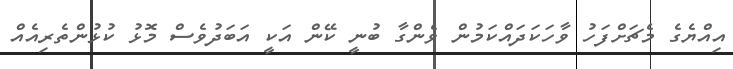
އިއްޔެގެ މެޗަށްފަހު ވާހަކަދައްކަމުން ވެންގާ ބުނީ ކޭން އަކީ އަބަދުވެސް މޮޅު ކުޅުންތެރިއެއް